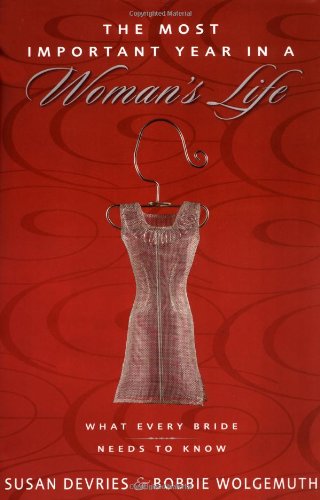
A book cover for Most Important Year in a Woman's Life, The/The Most Important Year in a Man's Life; Robert Wolgemuth; Christian Books & Bibles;